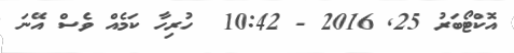
އޮކްޓޯބަރު 25